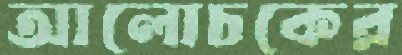
আলোচকের